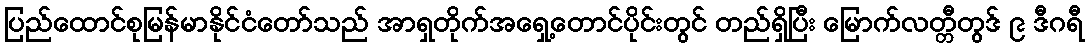
ပြည်ထောင်စုမြန်မာနိုင်ငံတော်သည် အာရှတိုက်အရှေ့တောင်ပိုင်းတွင် တည်ရှိပြီး မြောက်လတ္တီတွဒ် ၉ ဒီဂရီ